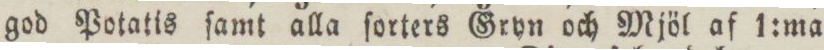
god Potatis ſamt alla ſorters Gryn och Mjöl af 1:ma